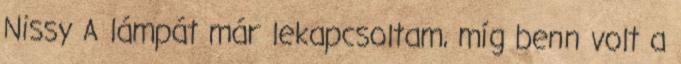
Nissy A lámpát már lekapcsoltam, míg benn volt a